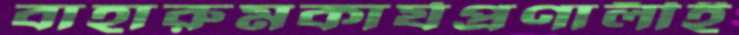
বাহারুমকার্যপ্রণালীই